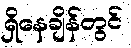
ရှိနေချိန်တွင်